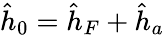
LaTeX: \hat{h}_{0}=\hat{h}_{F}+\hat{h}_{a}